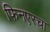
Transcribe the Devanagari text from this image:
फिनएरचा